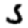
Digit: 5